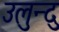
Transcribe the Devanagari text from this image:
उलुन्दु